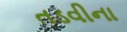
તડવીના